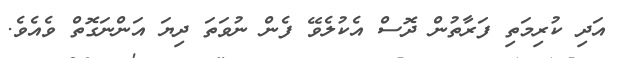
އަދި ކުރިމަތި ފަރާތުން ދޮސް އެކުލެވޭ ފެން ނުވަތަ ދިޔަ އަންނަގޮތް ވެއެވެ.